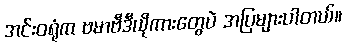
အင်းဝရုံက ဗမာဗီဒီယိုကားတွေပဲ အပြများပါတယ်။